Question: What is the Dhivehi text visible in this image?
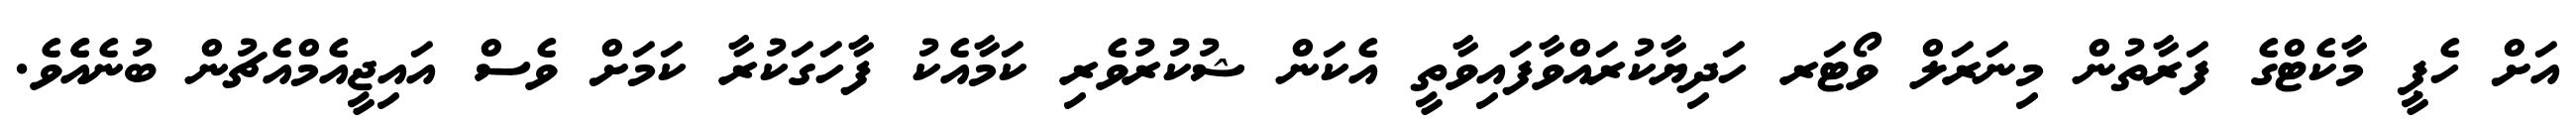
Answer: އަށް ހެޕީ މާކެޓްގެ ފަރާތުން މިނަރަލް ވޯޓަރ ހަދިޔާކުރައްވާފައިވާތީ އެކަން ޝުކުރުވެރި ކަމާއެކު ފާހަގަކުރާ ކަމަށް ވެސް އައިޖީއެމްއެޗުން ބުނެއެެވެ.